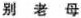
别老母